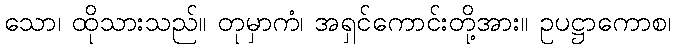
သော၊ ထိုသားသည်။ တုမှာကံ၊ အရှင်ကောင်းတို့အား။ ဥပဋ္ဌာကောစ၊